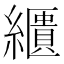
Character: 𦆠